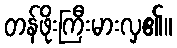
တန်ဖိုးကြီးမားလှ၏။